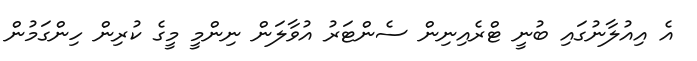
އެ އިއުލާނުގައި ބުނީ ޓްރެއިނިން ސެންޓަރު އުވާލަން ނިންމީ މީގެ ކުރިން ހިންގަމުން